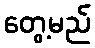
တွေ့မည်